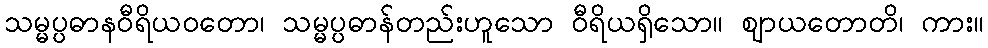
သမ္မပ္ပဓာနဝီရိယဝတော၊ သမ္မပ္ပဓာန်တည်းဟူသော ဝီရိယရှိသော။ ဈာယတောတိ၊ ကား။